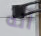
أنه